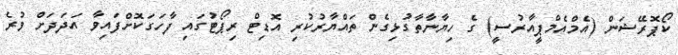
ކޯޕޮރޭޝަން (އެމްއެމްޕީއާރުސީ) ގެ ހިޔާނާތާގުޅިގެން ތައްޔާރުކުރި އޮޑިޓް ރިޕޯޓުގައި ފާހަގަކޮށްފައިވާ އަދަދަށް ވުރެ